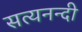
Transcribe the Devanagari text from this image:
सत्यनन्दी